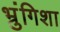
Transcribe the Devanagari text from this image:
भ्रुंगिशा